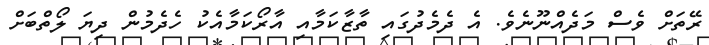
ރޭތަށް ވެސް މަދެއްނޫނެވެ. އެ ދެމެދުގައި ތާޒާކަމާއި އާރޯކަމާއެކު ހެދެމުން ދިޔަ ލޯތްބަށް